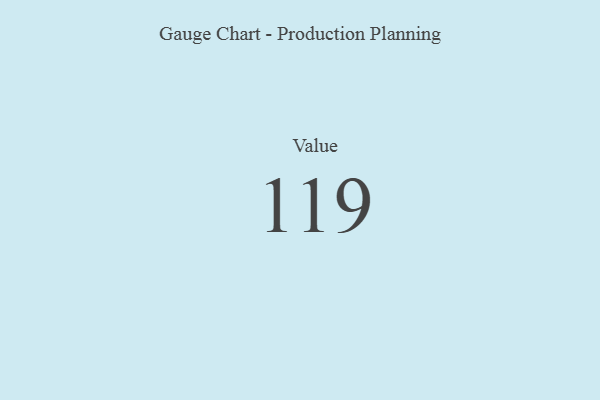
{"axis": {"x": "Metric", "y": "Value"}, "legend": [""], "data": [{"x": "Value", "y": 119, "type": ""}]}